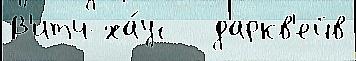
В'итч-ха́ус   даркв'ейв